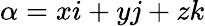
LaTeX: \alpha=xi+yj+zk